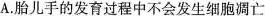
A.胎儿手的发育过程中不会发生细胞凋亡